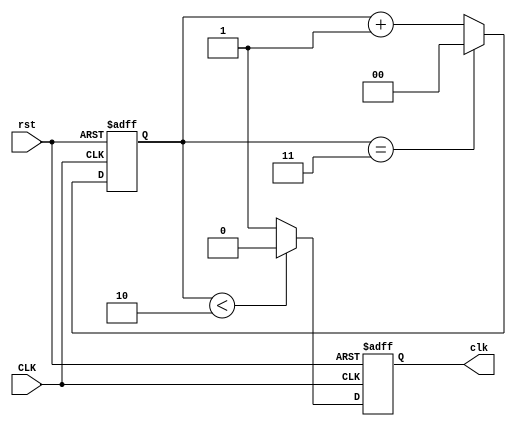
module clk_div(
    input      CLK,
    input      rst,
    output reg clk
);
    reg [1:0] count;
    
    always @(posedge CLK or posedge rst) begin
        if(rst) count <= 2'd0;
        else if(count == 2'd3) begin
            count <= 2'd0;
        end else begin
            count <= count + 2'd1;
        end
    end
    
    always @(posedge CLK or posedge rst) begin
        if(rst) clk = 0;
        else if(count < 2'd2) begin
            clk = 0;
        end else begin
            clk = 1;
        end
    end

endmodule